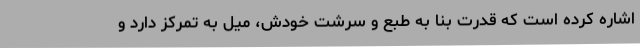
اشاره کرده است که قدرت بنا به طبع و سرشت خودش، میل به تمرکز دارد و